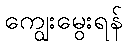
ကျွေးမွေးရန်